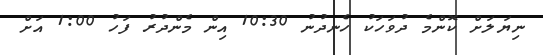
ނިޔަލަށް ކޮންމެ ދުވަހަކު ހެނދުނު 10:30 އިން މެންދުރު ފަހު 1:00 އަށް